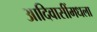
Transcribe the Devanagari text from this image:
आदिवासींमधला